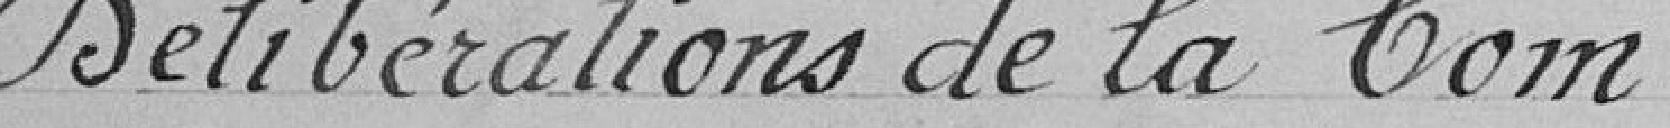
Déclaration de la Com-